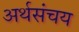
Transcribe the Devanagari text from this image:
अर्थसंचय